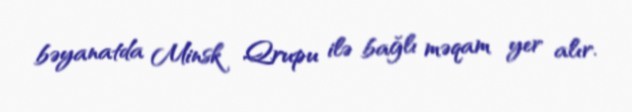
bəyanatda Minsk Qrupu ilə bağlı məqam yer alır.